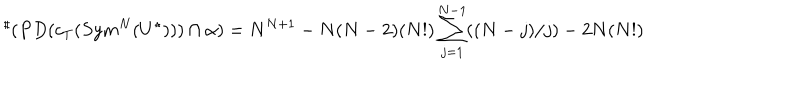
{ } ^ { \sharp } ( P D ( c _ { T } ( S y m ^ { N } ( U ^ { \star } ) ) ) \cap \alpha ) = N ^ { N + 1 } - N ( N - 2 ) ( N ! ) \sum _ { j = 1 } ^ { N - 1 } ( ( N - j ) / j ) - 2 N ( N ! )